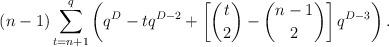
LaTeX: \begin{align*}(n-1) \sum_{t=n+1}^{q} \left( q^{D} - tq^{D-2} + \left[ {t \choose 2} - {n-1 \choose 2} \right] q^{D-3} \right).\end{align*}